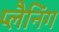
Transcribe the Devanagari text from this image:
प्लैनिंग